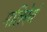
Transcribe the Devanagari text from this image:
मतिरेवं